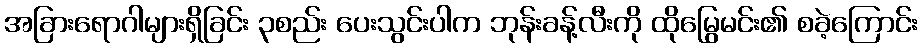
အခြားရောဂါများရှိခြင်း ၃စည်း ပေးသွင်းပါက ဘုန်းခန့်လီးကို ထိုမြွေမင်း၏ စခဲ့ကြောင်း